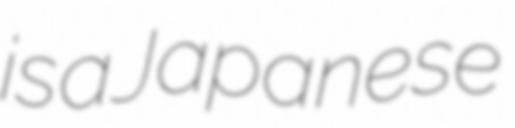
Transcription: is a Japanese